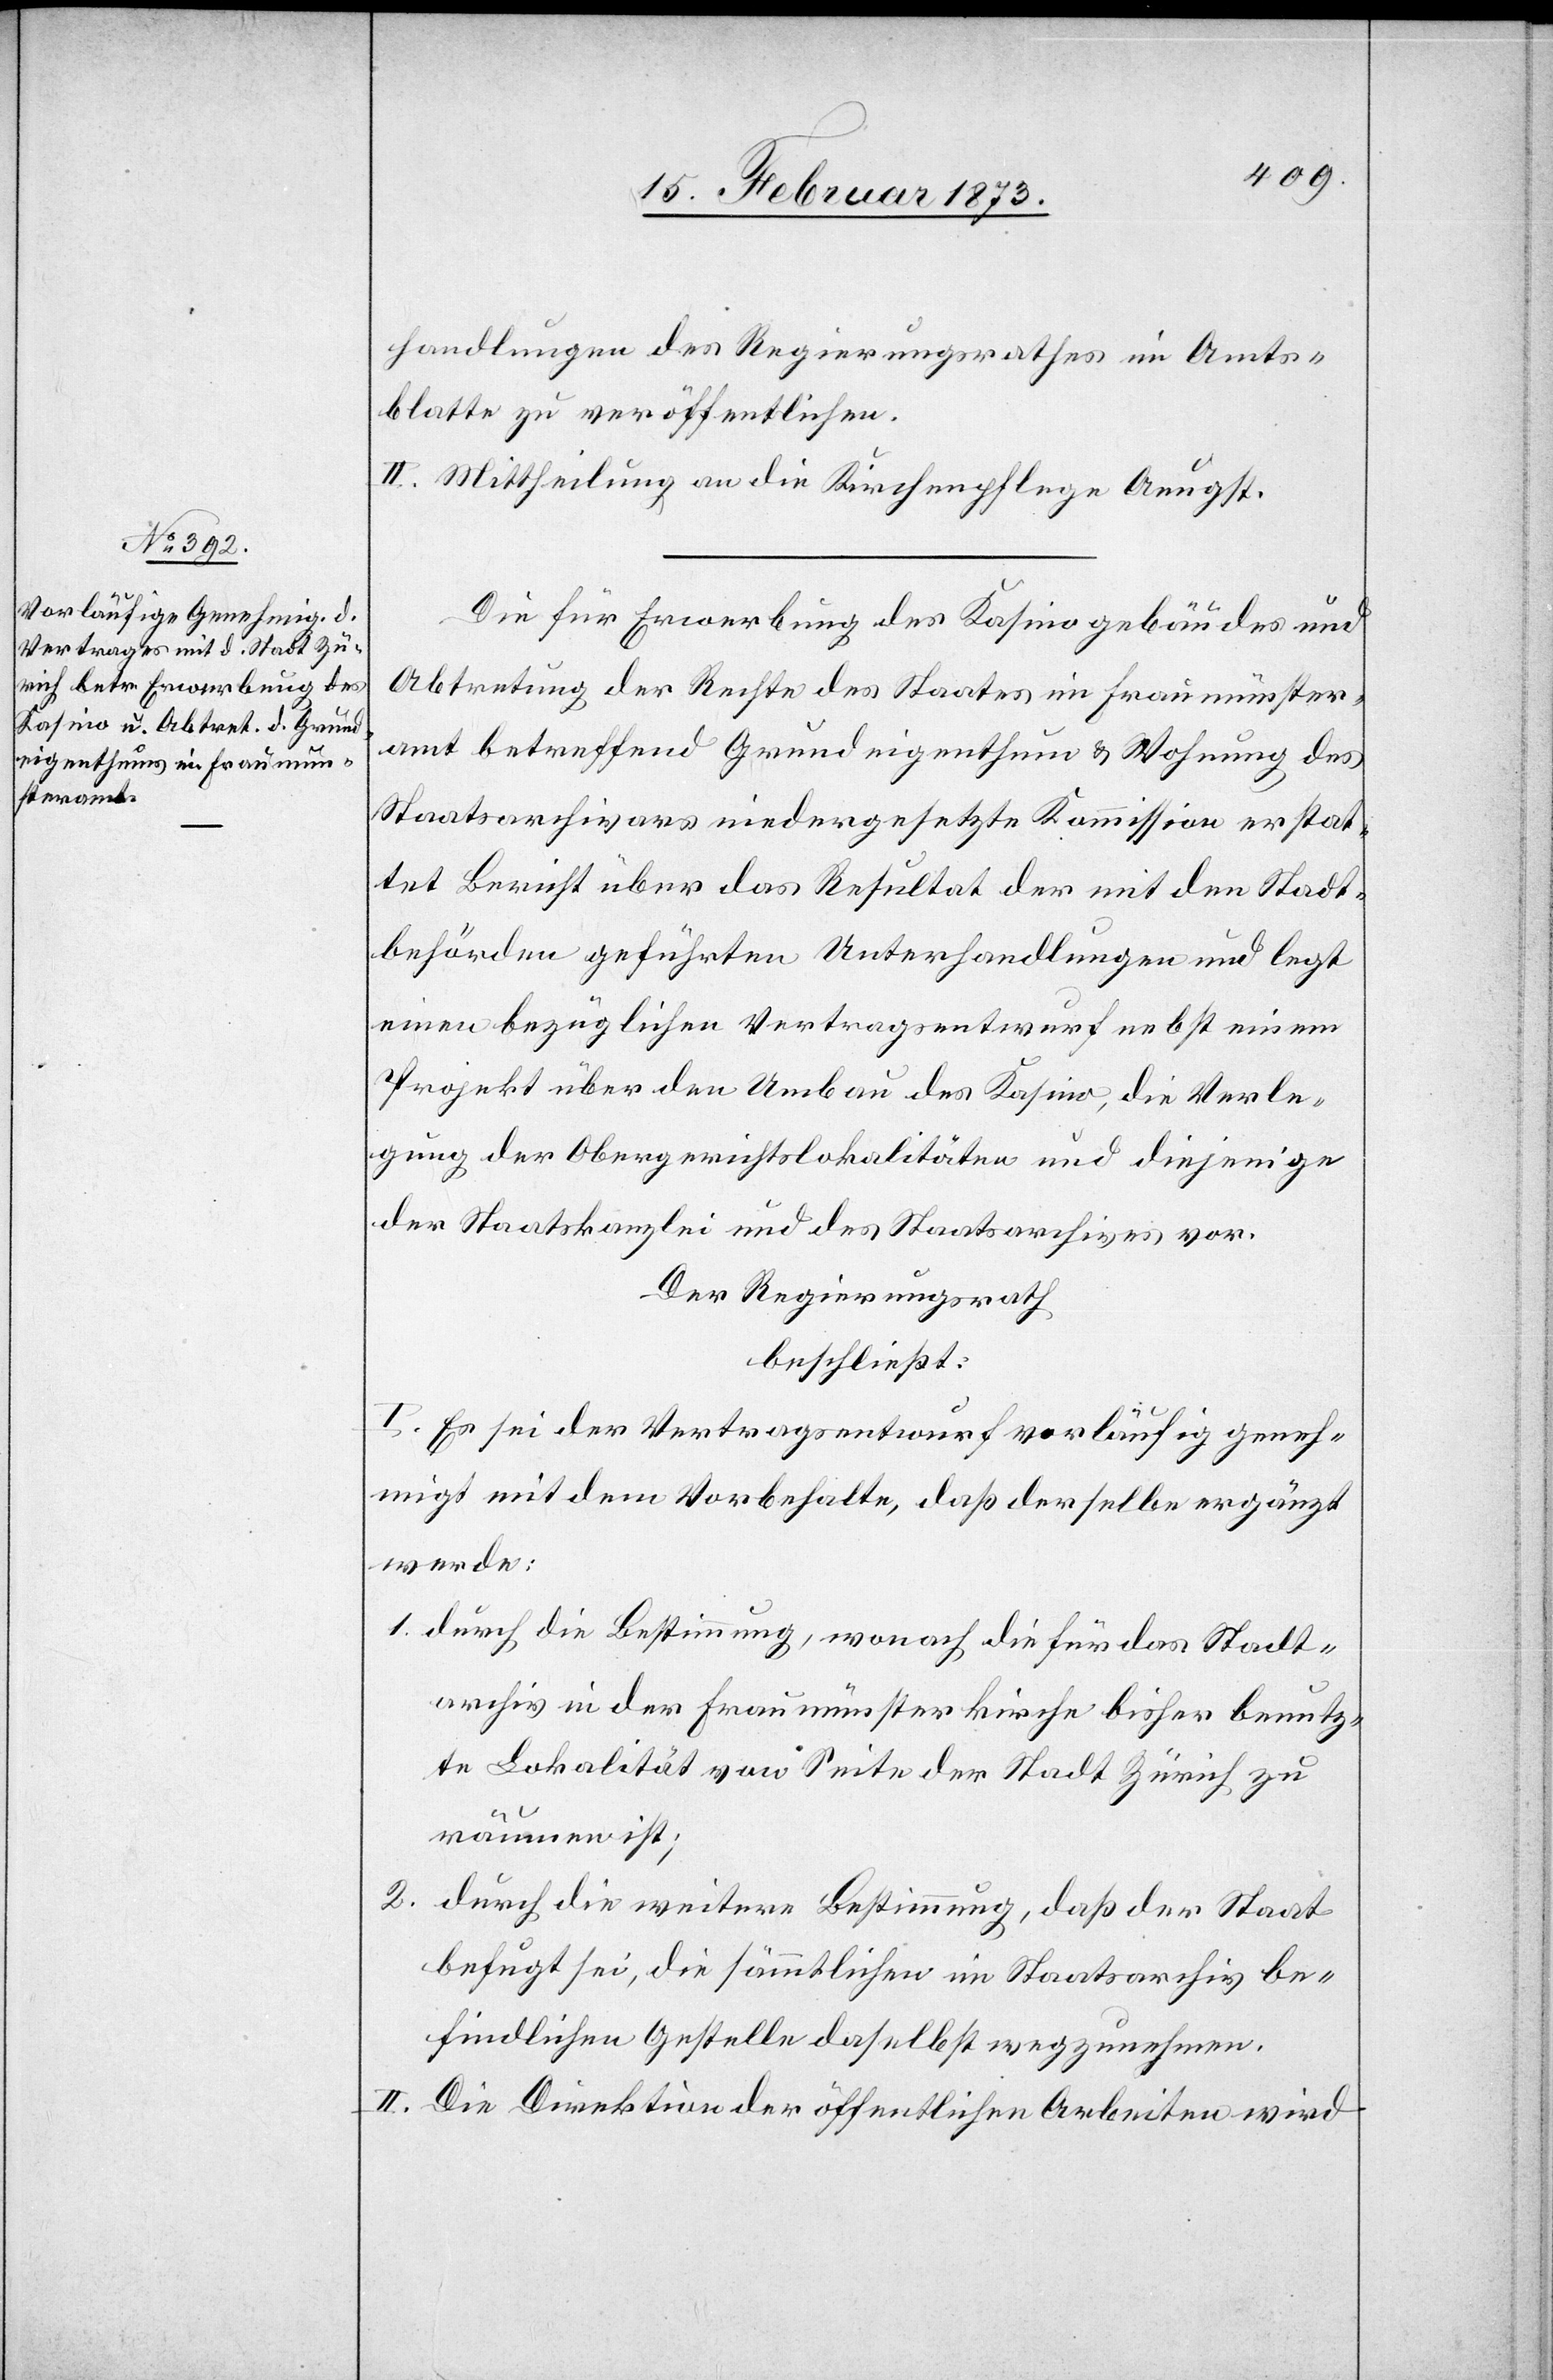
handlungen des Regierungsrathes im Amts¬
blatte zu veröffentlichen.
II. Mittheilung an die Kirchenpflege Aeugst.
Die für Erwerbung des Kasinogebäudes und
Abtretung der Rechte des Staates im Fraumünster¬
amt bettreffend Grundeigenthum u. Wohnung des
Staatsarchivars niedergesetzte Kommission erstat¬
tet Bericht über das Resultat der mit den Stadt¬
behörden geführten Unterhandlungen und legt
einen bezüglichen Vertragsentwurf nebst einem
Projekt über den Umbau des Kasino, die Verle¬
gung der Obergerichtslokalitäten und diejenige
der Staatskanzlei und des Staatsarchives vor.
Der Regierungsrath
beschließt:
I. Es sei der Vertragsentwurf vorläufig geneh¬
migt mit dem Vorbehalte, daß derselbe ergänzt
werde:
1. durch die Bestimmung, wonach die für das Stadt¬
archiv in der Fraumünsterkirche bisher benutz¬
te Lokalität von Seite der Stadt Zürich zu
räumen ist;
2. durch die weitere Bestimmung, daß der Staat
befugt sei, die sämmtlichen im Staatsarchiv be¬
findlichen Gestelle daselbst wegzunehmen.
II. Die Direktion der öffentlichen Arbeiten wird